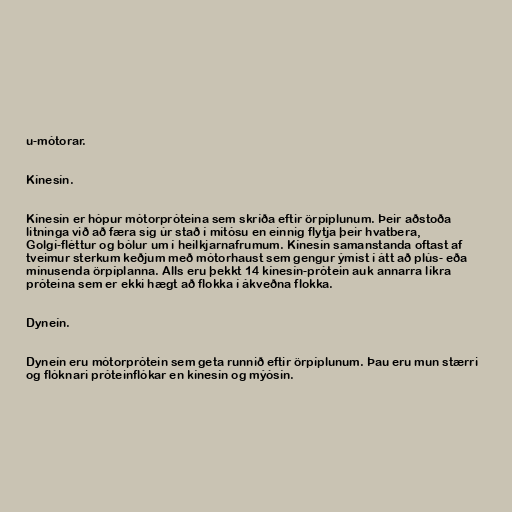
u-mótorar.

Kínesín.

Kínesín er hópur mótorpróteina sem skríða eftir örpíplunum. Þeir aðstoða
litninga við að færa sig úr stað í mítósu en einnig flytja þeir hvatbera,
Golgí-fléttur og bólur um í heilkjarnafrumum. Kínesín samanstanda oftast af
tveimur sterkum keðjum með mótorhaust sem gengur ýmist í átt að plús- eða
mínusenda örpíplanna. Alls eru þekkt 14 kínesín-prótein auk annarra líkra
próteina sem er ekki hægt að flokka í ákveðna flokka.

Dyneín.

Dyneín eru mótorprótein sem geta runnið eftir örpíplunum. Þau eru mun stærri
og flóknari próteinflókar en kínesín og mýósín.